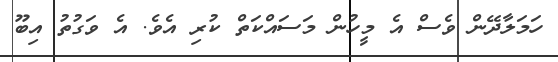
ހަމަލާދޭން ވެސް އެ މީހުން މަސައްކަތް ކުރި އެވެ. އެ ވަގުތު އިބޫ